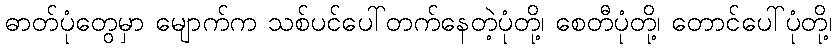
ဓာတ်ပုံတွေမှာ မျောက်က သစ်ပင်ပေါ်တက်နေတဲ့ပုံတို့၊ စေတီပုံတို့၊ တောင်ပေါ်ပုံတို့၊